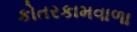
કોતરકામવાળા